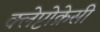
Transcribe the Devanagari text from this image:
क्लेप्टोक्रेसी